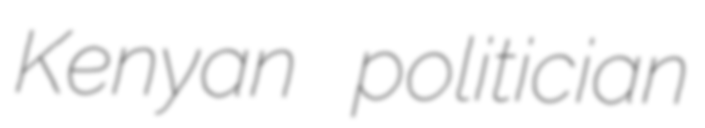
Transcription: Kenyan politician